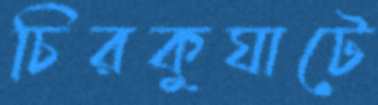
চিরকুঘাটে